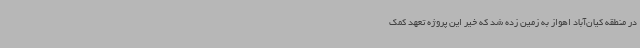
در منطقه کیان‌آباد اهواز به زمین زده شد که خیر این پروژه تعهد کمک